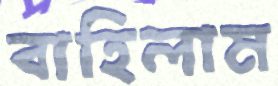
বাহিলাম